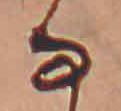
な